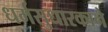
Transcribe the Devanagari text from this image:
धर्मसुधारकाने